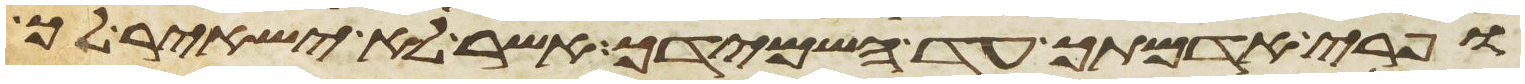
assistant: ופרי אדמתך עד השמידך אשר לא ישאיר לך